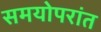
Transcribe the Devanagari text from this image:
समयोपरांत